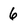
Character: 6